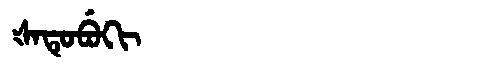
Manchu: ᡧᠠᡨᡠᠪᡠᡴᡳ
Romanization: ŠATUBUKI